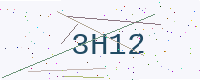
Text: 3H12